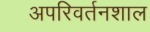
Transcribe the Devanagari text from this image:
अपरिवर्तनशाल